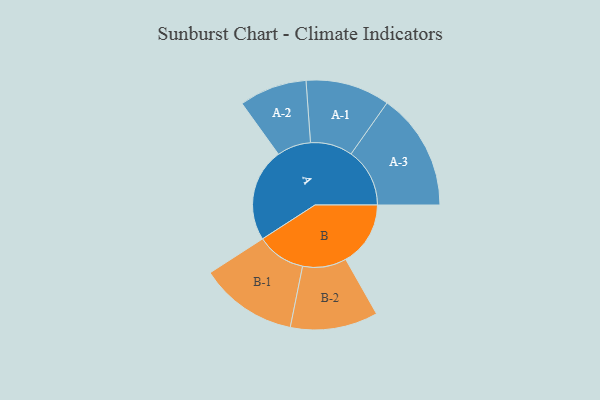
{"axis": {"x": "Segment", "y": "Value"}, "legend": ["", "A", "B"], "data": [{"x": "A", "y": 383, "type": ""}, {"x": "B", "y": 266, "type": ""}, {"x": "A-1", "y": 173, "type": "A"}, {"x": "A-2", "y": 139, "type": "A"}, {"x": "A-3", "y": 241, "type": "A"}, {"x": "B-1", "y": 201, "type": "B"}, {"x": "B-2", "y": 180, "type": "B"}]}